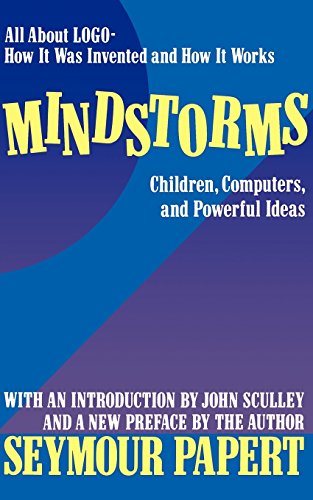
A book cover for Mindstorms: Children, Computers, And Powerful Ideas; Seymour A. Papert; Education & Teaching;